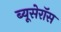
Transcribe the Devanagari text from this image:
ब्यूसेरॉस